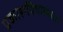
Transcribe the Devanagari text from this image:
प्रकाशविषाक्तता